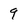
Character: 9